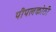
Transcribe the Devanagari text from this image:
पीपलकोठी